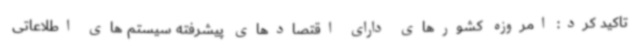
تاکید کرد: امروزه کشورهای دارای اقتصادهای پیشرفته سیستم های اطلاعاتی